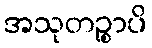
အသုတဉ္စာပိ